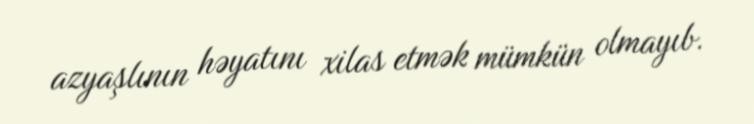
azyaşlının həyatını xilas etmək mümkün olmayıb.